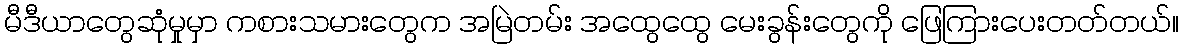
မီဒီယာတွေဆုံမှုမှာ ကစားသမားတွေက အမြဲတမ်း အထွေထွေ မေးခွန်းတွေကို ဖြေကြားပေးတတ်တယ်။